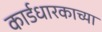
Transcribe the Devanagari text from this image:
कार्डधारकाच्या